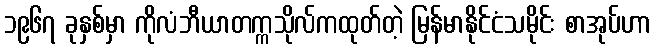
၁၉၆၇ ခုနှစ်မှာ ကိုလံဘီယာတက္ကသိုလ်ကထုတ်တဲ့ မြန်မာနိုင်ငံသမိုင်း စာအုပ်ဟာ